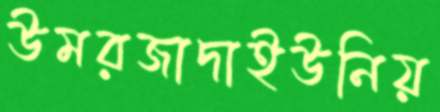
উমরজাদাইউনিয়